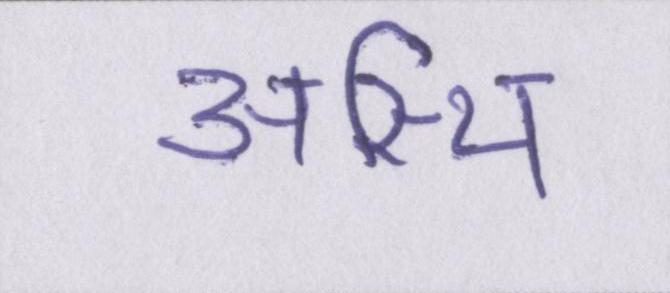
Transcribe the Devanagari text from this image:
अस्थि